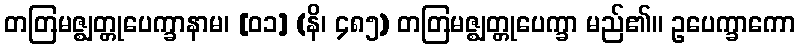
တတြမဇ္ဈတ္တုပေက္ခာနာမ၊ [၀၁] (နိ၊ ၄၈၅) တတြမဇ္ဈတ္တုပေက္ခာ မည်၏။ ဥပေက္ခာကော